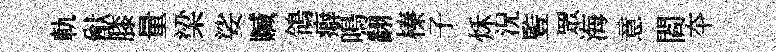
軌猷膝量梁娑贓鴒癖鳴翻榛子秌況䜿眾海意閻夲